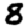
Digit: 8